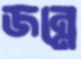
জন্নে